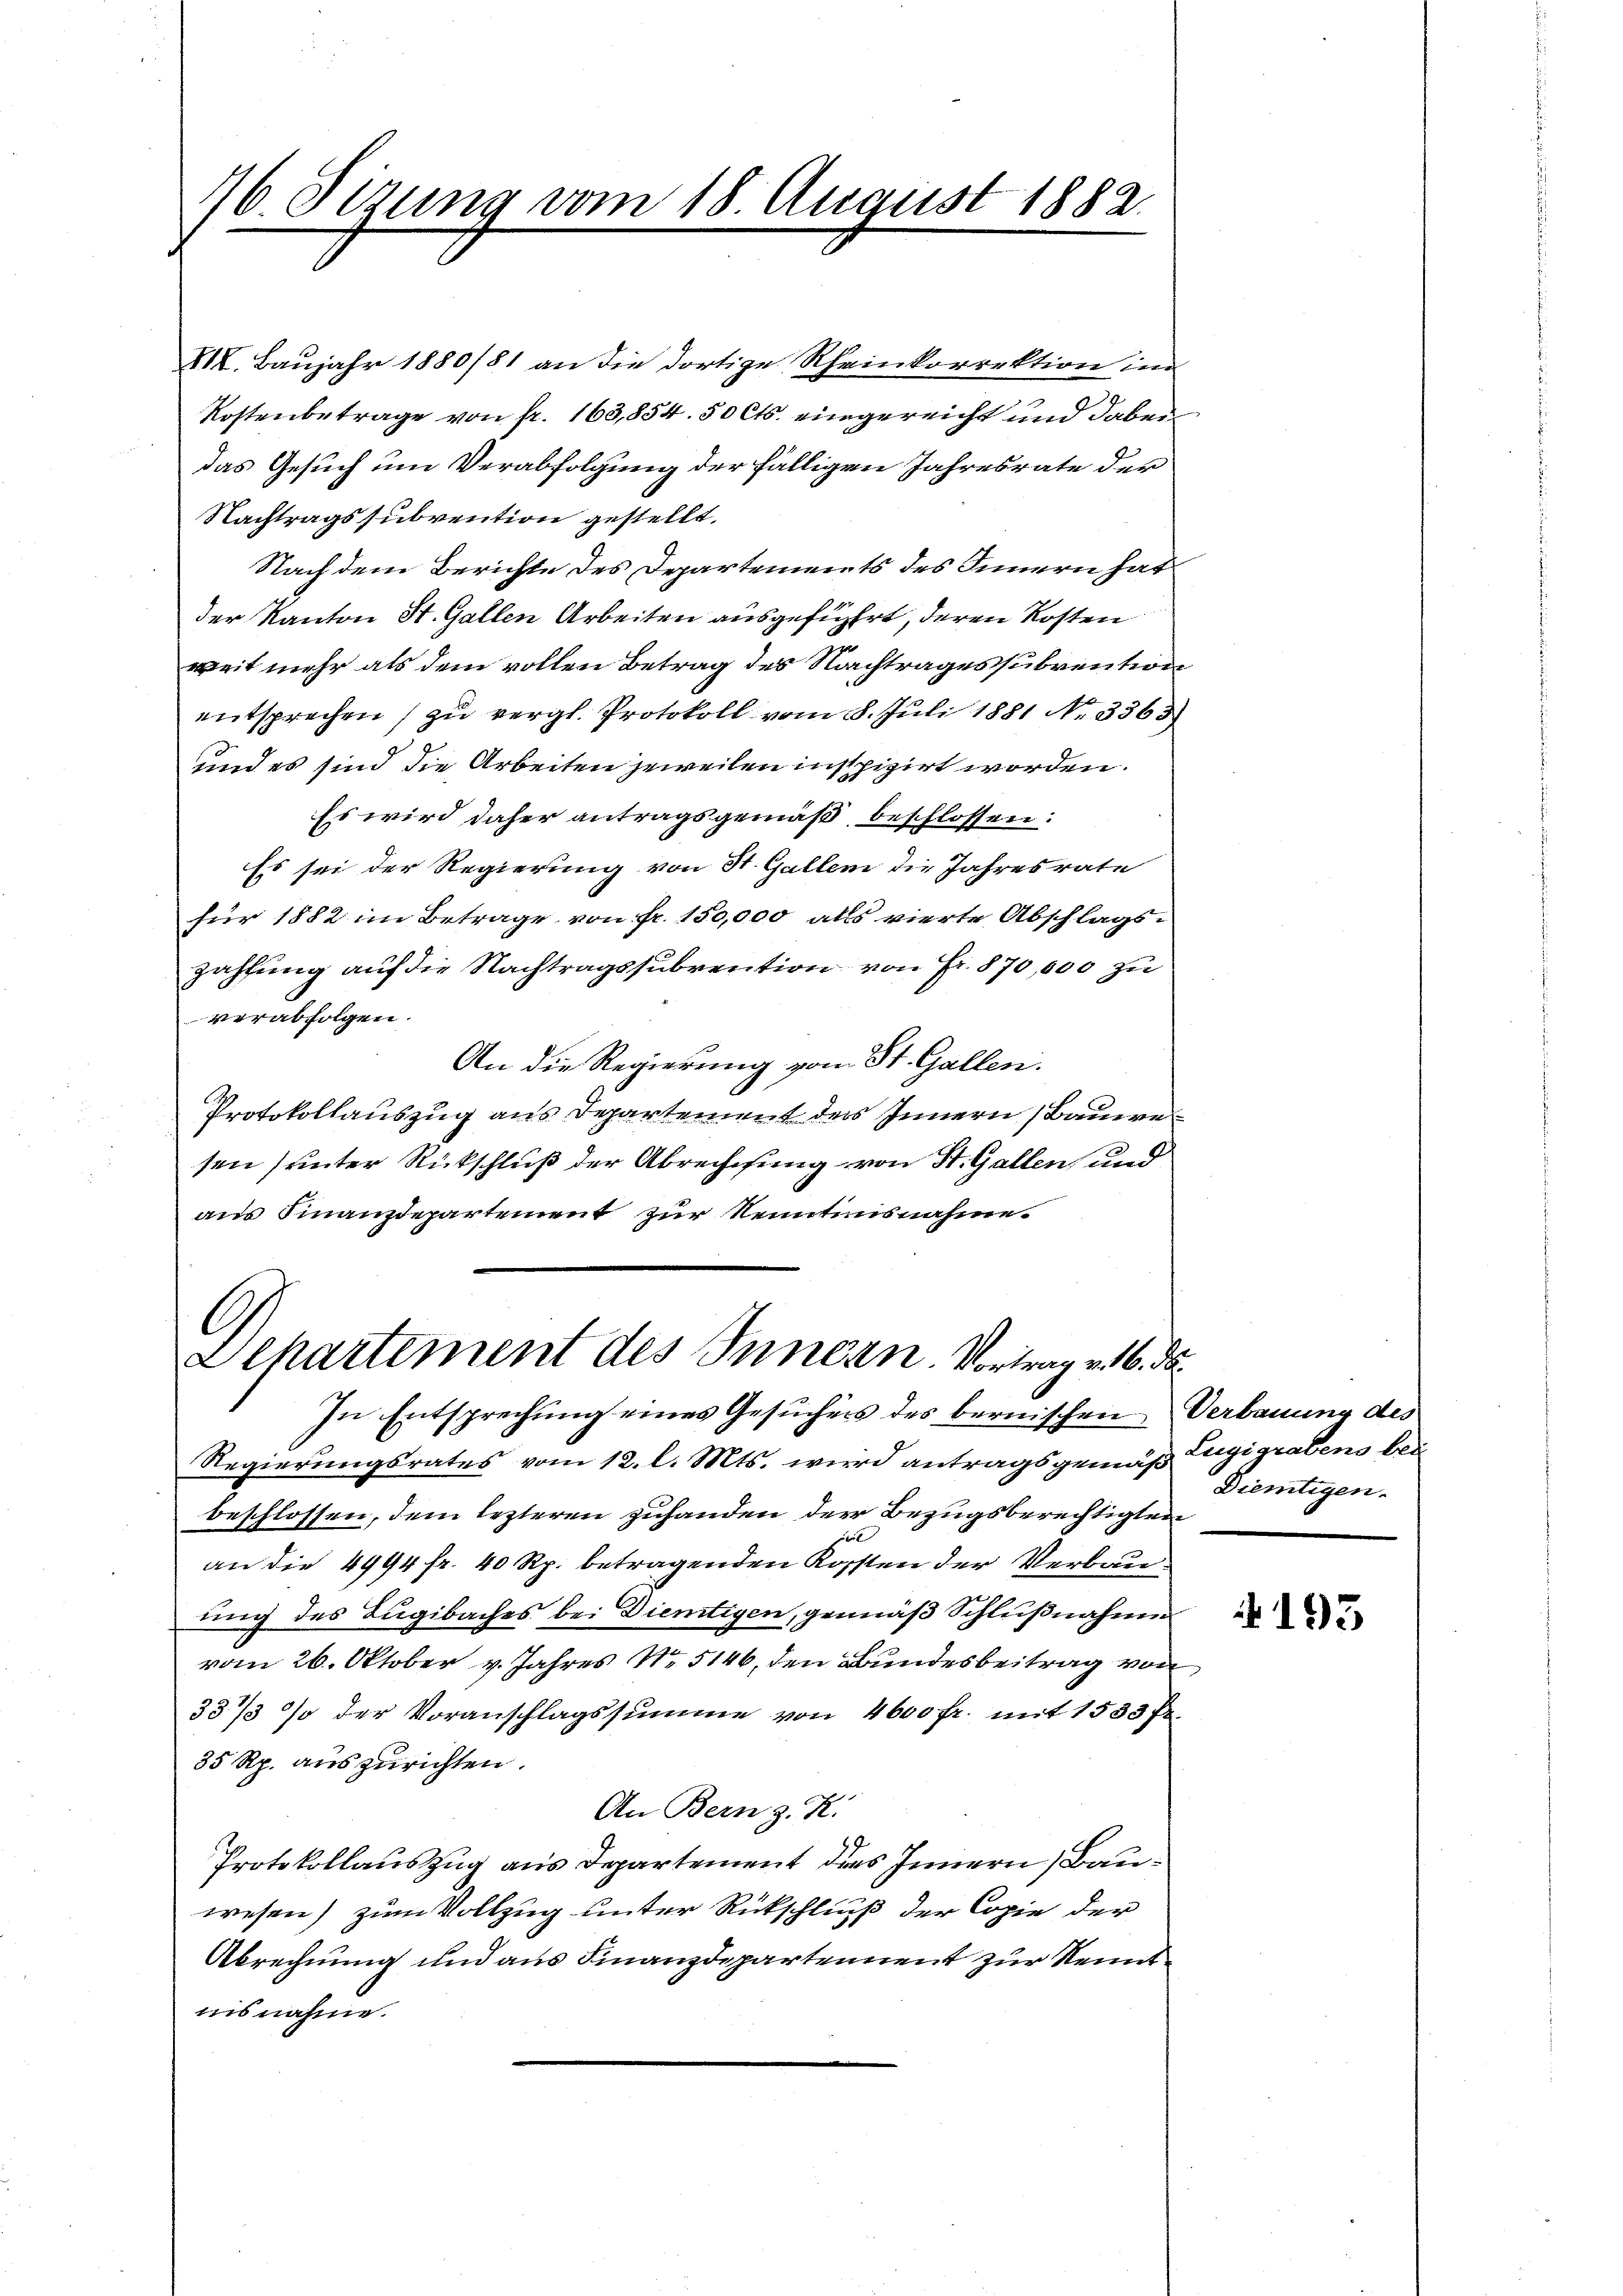
16. Sizung vom 18. August 1882.
1

XIX. Baujahr 1880/81 an die dortige Rheinkorrektion im
Kostenbetrage von fr. 163,854. 50 Cts. eingereicht und dabei
das Gesuch um Verabfolgung der fälligen Jahresrate der
Nachtragssubvention gestellt.
Nach dem Berichte des Departements des Innern hat
der Kanton St. Gallen Arbeiten ausgeführt, deren Kosten
weit mehr als dem vollen Betrag des Nachtragessubvention
entsprechen zu vergl. Protokoll vom 8. Juli 1881 No 3363
und es sind die Arbeiten jeweilen inspizirt worden.
Es wird daher antragsgemäß beschlossen:
Es sei der Regierung von St. Gallem die Jahresrate
für 1882 im Betrage von fr. 150,000 alls vierte Abschlags-
zahlung auf die Nachtragssubvention von Fr. 870,000 zu
verabfolgen.
An die Regierung vom St. Gallen.
Protokollauszug aus Departement des Innern (Bauern
sen (unter Rückschluß der Abrechnung von St. Gallen und
ams Finanzdepartement zur Kenntnisnahme.

Departement des Innern. Vortrag v. 16. d.

In Entsprechung eines Gesuchens des bernischen Verbauung des
Regierungsrates vom 12. l. Mts. wird antragsgemäß Zugigrabens kan
beschlossen, dem lezteren zuhanden der Bezugsberechtigten
t
an die 4994 fr. 40 Rp. betragenden Kosten der Verbauung des Lugibaches bei Dientigen, gemäß Schlußnahmen.
vom 26. Oktober v. Jahres Nr 5146, den Bundesbeitrag von
337/3 % der Voranschlagssumme von 4600 fr. mit 1533 fr.
35 Rp. auszurichten.
An Bern z. K.
Protokollauszug aus Departement des Innern, Bauwesen) zum Vollzug unter Rückschluß der Copie der
Abrechnung und aus Finanzdepartement zur Kenntnisnahme.

Diemtigen.

4195